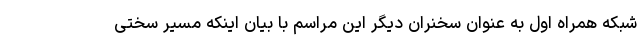
شبکه همراه اول به عنوان سخنران دیگر این مراسم با بیان اینکه مسیر سختی